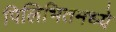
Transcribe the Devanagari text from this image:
पिलिभितमध्ये